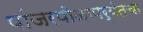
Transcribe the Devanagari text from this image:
पांजरपोळापर्यंतचा